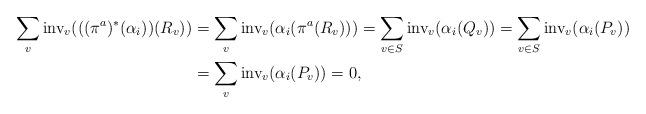
LaTeX: \begin{align*} \sum_{v}\textup{inv}_v(((\pi^a)^*(\alpha_i))(R_v)) & = \sum_v\textup{inv}_v(\alpha_i(\pi^a(R_v))) = \sum_{v\in S}\textup{inv}_v(\alpha_i(Q_v)) = \sum_{v\in S}\textup{inv}_v(\alpha_i(P_v))\\& = \sum_{v}\textup{inv}_v(\alpha_i(P_v))=0, \end{align*}